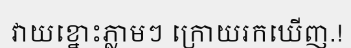
វាយខ្នោះភ្លាមៗ ក្រោយរកឃើញ.!